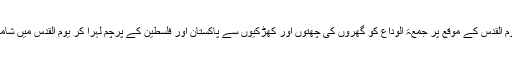
عوام یوم القدس کے موقع پر جمعۃ الوداع کو گھروں کی چھتوں اور کھڑکیوں سے پاکستان اور فلسطین کے پرچم لہرا کر یوم القدس میں شامل ہوں۔